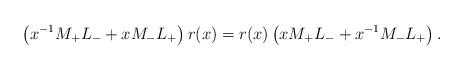
LaTeX: \begin{align*}\left(x^{-1} M_+L_-+xM_-L_+\right)r(x)= r(x)\left(xM_+L_-+ x^{-1} M_-L_+\right).\end{align*}